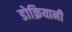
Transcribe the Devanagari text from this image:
डोक्रियानी